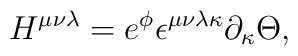
H^{\mu\nu\lambda} = e^{\phi}\epsilon^{\mu\nu\lambda\kappa}\partial_\kappa \Theta,